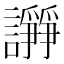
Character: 𧬦